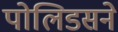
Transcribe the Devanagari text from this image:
पोलिडसने